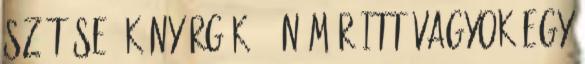
szót se, könyörgök - én már itt vagyok egy